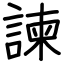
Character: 諫